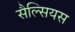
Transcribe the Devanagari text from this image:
सैल्सियस